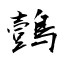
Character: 鷧